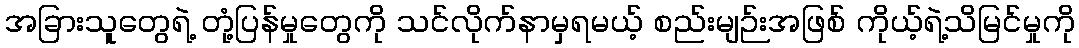
အခြားသူတွေရဲ့ တုံ့ပြန်မှုတွေကို သင်လိုက်နာမှရမယ့် စည်းမျဉ်းအဖြစ် ကိုယ့်ရဲ့သိမြင်မှုကို